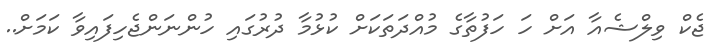
ޖެކް ވިލްޝެއާ އަށް ހަ ހަފުތާގެ މުއްދަތަކަށް ކުޅުމާ ދުރުގައި ހުންނަންޖެހިފައިވާ ކަމަށް..